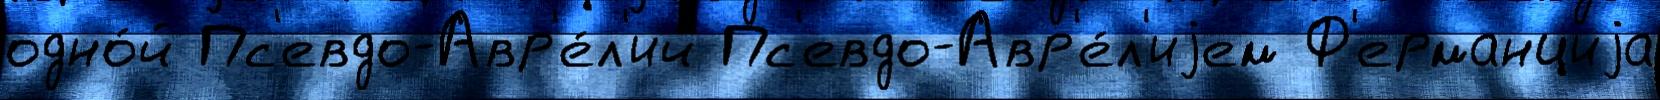
одно́й Пс'евдо-Авр'е́л'ий Пс'евдо-Авр'е́л'иjем Ф'ерманциjа